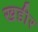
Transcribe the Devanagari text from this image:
खडीर